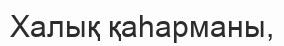
Халық қаhарманы,